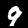
Label: 9